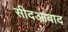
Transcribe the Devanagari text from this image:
सीदआबाद